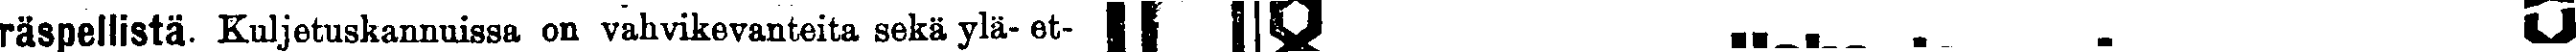
räspellistä. Kuljetuskannuissa on vahvikevanteita sekä ylä- et- ###